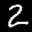
Label: 2